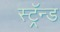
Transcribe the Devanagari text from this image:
स्ट्रॅन्ड